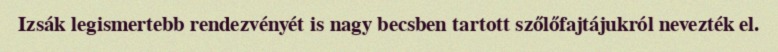
Izsák legismertebb rendezvényét is nagy becsben tartott szőlőfajtájukról nevezték el.